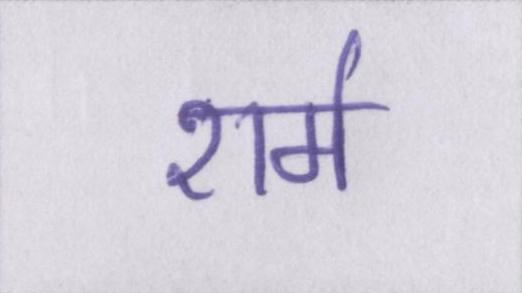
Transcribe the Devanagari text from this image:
शर्म